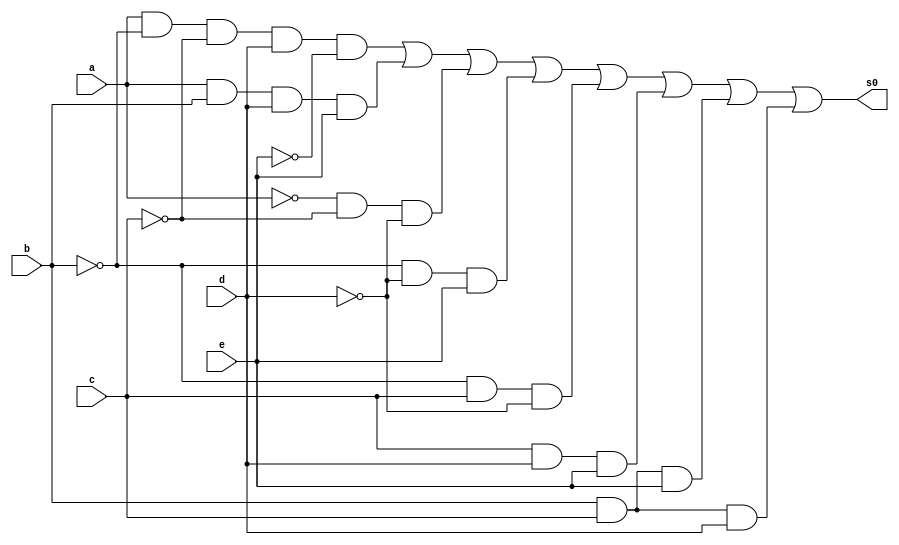
// ---------------------
// Guia 08_03 - Implementar o circuito simplificado por Quine-McCluskey
// Nome: Mrcia Cibele Martins Carneiro 
// -------------------------------------------------------------------------------------------------------------------------------

// Dados os mapas de Karnaugh para as entradas (a, b, c, d, e) respectivamente
// Implementar o circuito simplificado por Quine-McCluskey.

// -------------------------------------------------------------------------------------------------------------------------------------------------------------------

module funcao (s0, a, b, c, d, e);

output s0;
input a, b, c, d, e;
wire saida1, saida2, saida3, saida4, saida5, saida6, saida7, saida8, saida9, saida10, saida11, saida12, saida13;

not NOT1(saida1, a);
not NOT2(saida2, b);
not NOT3(saida3, c);
not NOT4(saida4, d);
not NOT5(saida5, e);

and AND1(saida6, a, saida2, saida3, d, saida5);
and AND2(saida7, a, b, d, e);
and AND3(saida8, saida1, saida3, saida4);
and AND4(saida9, saida2, saida4, e);
and AND5(saida10, saida2, c, saida4);
and AND6(saida11, c, d, e);
and AND7(saida12, b, c, e);
and AND8(saida13, b, c, d);

or OR1(s0, saida6, saida7, saida8, saida9, saida10, saida11, saida12, saida13);

endmodule

// ---------------------------------------------------------------------------------------------

module teste;

reg a, b, c, d, e;
wire s1;

funcao F2(s0, a, b, c, d, e);
initial begin: start

a=0;b=0;c=0;d=0; e=0;
end


initial begin: main
	$display("Guia 08 - Marcia Cibele Martins Carneiro - 404591");
	$display("Funcao S = ab'c'de'+ abde + a'c'd' + b'd'e + b'cd' + cde + bce + bcd");
	$monitor("%b %b %b %b %b = %b", a, b, c, d, e, s0);
		
#1 a=0;b=0;c=0;d=0;e=1;
#1 a=0;b=0;c=0;d=1;e=0;
#1 a=0;b=0;c=0;d=1;e=1;
#1 a=0;b=0;c=1;d=0;e=0;
#1 a=0;b=0;c=1;d=0;e=1;
#1 a=0;b=0;c=1;d=1;e=0;
#1 a=0;b=0;c=1;d=1;e=1;
#1 a=0;b=1;c=0;d=0;e=0;
#1 a=0;b=1;c=0;d=0;e=1;
#1 a=0;b=1;c=0;d=1;e=0;
#1 a=0;b=1;c=0;d=1;e=1;
#1 a=0;b=1;c=1;d=0;e=0;
#1 a=0;b=1;c=1;d=0;e=1;
#1 a=0;b=1;c=1;d=1;e=0;
#1 a=0;b=1;c=1;d=1;e=1;
#1 a=1;b=0;c=0;d=0;e=0;
#1 a=1;b=0;c=0;d=0;e=1;
#1 a=1;b=0;c=0;d=1;e=0;
#1 a=1;b=0;c=0;d=1;e=1;
#1 a=1;b=0;c=1;d=0;e=0;
#1 a=1;b=0;c=1;d=0;e=1;
#1 a=1;b=0;c=1;d=1;e=0;
#1 a=1;b=0;c=1;d=1;e=1;
#1 a=1;b=1;c=0;d=0;e=0;
#1 a=1;b=1;c=0;d=0;e=1;
#1 a=1;b=1;c=0;d=1;e=0;
#1 a=1;b=1;c=0;d=1;e=1;
#1 a=1;b=1;c=1;d=0;e=0;
#1 a=1;b=1;c=1;d=0;e=1;
#1 a=1;b=1;c=1;d=1;e=0;
#1 a=1;b=1;c=1;d=1;e=1;

end

endmodule

/* Resultado obtido

     ----jGRASP exec: D:\MeusDocumentos\2010-2_arq1_programas\Icarus_Verilog\bin\vvp exercicio3.vvp
    
    Guia 08 - Marcia Cibele Martins Carneiro - 404591
    Funcao S = ab'c'de'+ abde + a'c'd' + b'd'e + b'cd' + cde + bce + bcd
    0 0 0 0 0 = 1
    0 0 0 0 1 = 1
    0 0 0 1 0 = 0
    0 0 0 1 1 = 0
    0 0 1 0 0 = 1
    0 0 1 0 1 = 1
    0 0 1 1 0 = 0
    0 0 1 1 1 = 1
    0 1 0 0 0 = 1
    0 1 0 0 1 = 1
    0 1 0 1 0 = 0
    0 1 0 1 1 = 0
    0 1 1 0 0 = 0
    0 1 1 0 1 = 1
    0 1 1 1 0 = 1
    0 1 1 1 1 = 1
    1 0 0 0 0 = 0
    1 0 0 0 1 = 1
    1 0 0 1 0 = 1
    1 0 0 1 1 = 0
    1 0 1 0 0 = 1
    1 0 1 0 1 = 1
    1 0 1 1 0 = 0
    1 0 1 1 1 = 1
    1 1 0 0 0 = 0
    1 1 0 0 1 = 0
    1 1 0 1 0 = 0
    1 1 0 1 1 = 1
    1 1 1 0 0 = 0
    1 1 1 0 1 = 1
    1 1 1 1 0 = 1
    1 1 1 1 1 = 1
    
     ----jGRASP: operation complete.
*/